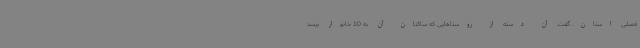
فصلی استان، گفت: آن دسته از روستاهایی که ساکنان آن به 10 خانوار برسد